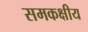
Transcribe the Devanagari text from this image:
समकक्षीय